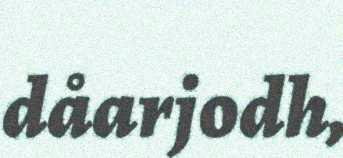
dåarjodh,